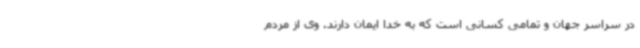
در سراسر جهان و تمامی کسانی است که به خدا ایمان دارند. وی از مردم